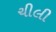
ચીલી